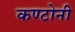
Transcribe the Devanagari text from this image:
कण्टोनी